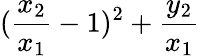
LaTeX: (\frac{x_{2}}{x_{1}}-1)^{2}+\frac{y_{2}}{x_{1}}